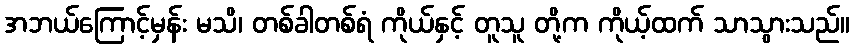
အဘယ်ကြောင့်မှန်း မသိ၊ တစ်ခါတစ်ရံ ကိုယ်နှင့် တူသူ တို့က ကိုယ့်ထက် သာသွားသည်။